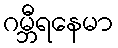
ဂမ္ဘီရနေမာ